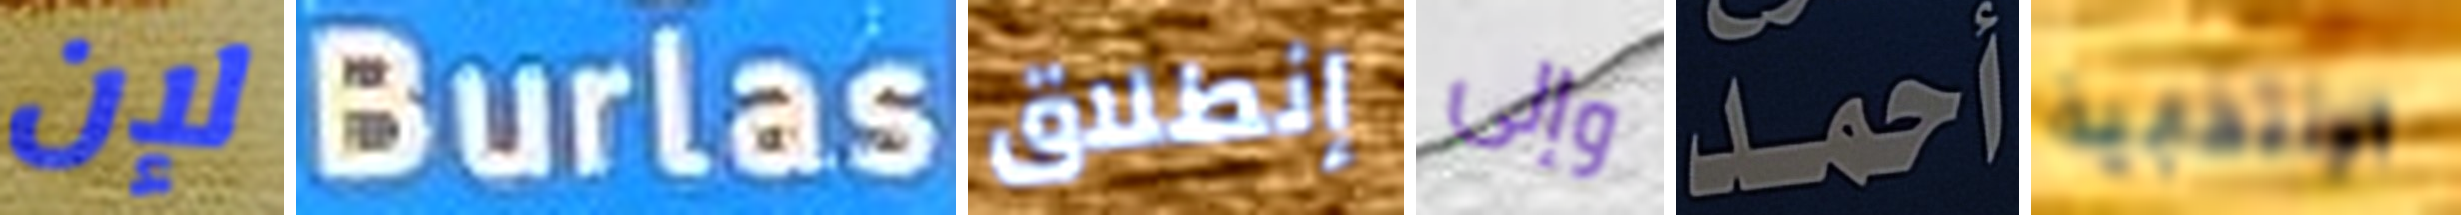
لإن Burlas إنطلاق وإلى أحمد الإنتخابية